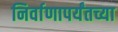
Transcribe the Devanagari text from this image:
निर्वाणापर्यंतच्या